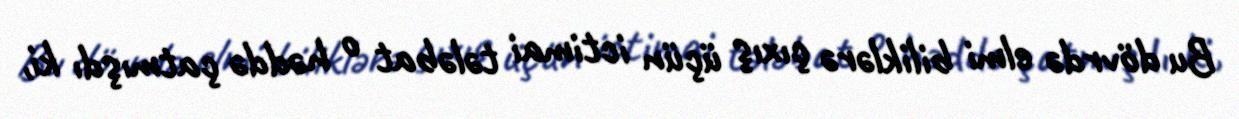
Bu dövrdə elmi biliklərə çıxış üçün ictimai tələbat o həddə çatmışdı ki,